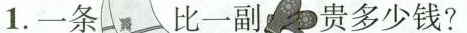
1.一条比一副贵多少钱?